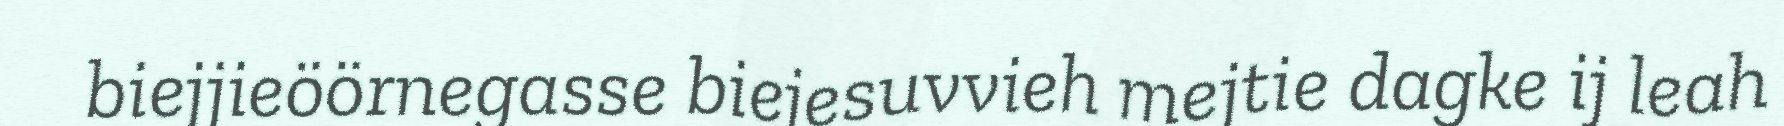
biejjieöörnegasse biejesuvvieh mejtie dagke ij leah